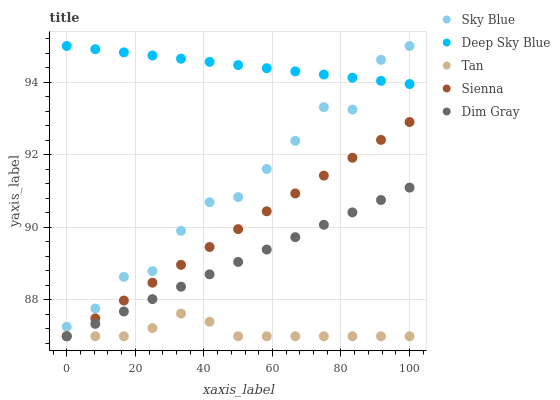
| xaxis_label | Sky Blue | Deep Sky Blue | Tan | Sienna | Dim Gray |
 | --- | --- | --- | --- | --- | --- |
 | 0 | 87.3 | 95 | 87 | 87 | 87 |
 | 8.33 | 87.8 | 94.9 | 87 | 87.5 | 87.3 |
 | 16.7 | 88.6 | 94.8 | 87 | 88 | 87.7 |
 | 25 | 88.8 | 94.7 | 87.2 | 88.5 | 88 |
 | 33.3 | 89.9 | 94.7 | 87.6 | 89 | 88.4 |
 | 41.7 | 90.7 | 94.6 | 87.4 | 89.5 | 88.7 |
 | 50 | 90.8 | 94.5 | 87 | 90 | 89 |
 | 58.3 | 91.6 | 94.4 | 87 | 90.4 | 89.4 |
 | 66.7 | 92.4 | 94.3 | 87 | 90.9 | 89.7 |
 | 75 | 93.3 | 94.2 | 87 | 91.4 | 90.1 |
 | 83.3 | 93.2 | 94.1 | 87 | 91.9 | 90.4 |
 | 91.7 | 94.6 | 94 | 87 | 92.4 | 90.8 |
 | 100 | 95 | 94 | 87 | 92.9 | 91.1 |